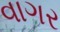
વાગર